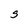
Character: S